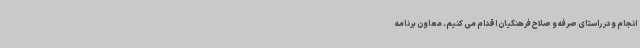
انجام و در راستای صرفه و صلاح فرهنگیان اقدام می کنیم. معاون برنامه